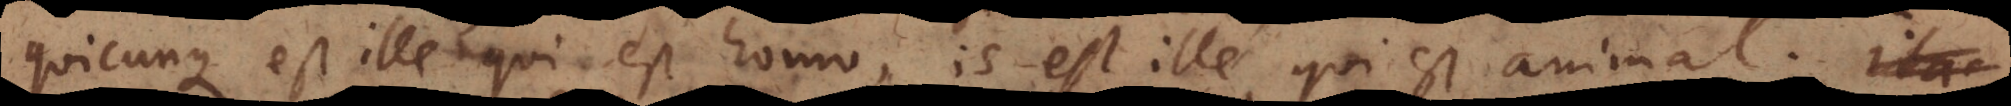
quicunque est ille qui est homo, is est ille qui est animal.